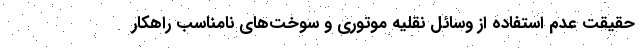
حقیقت عدم استفاده از وسائل نقلیه موتوری و سوخت‌های نامناسب راهکار